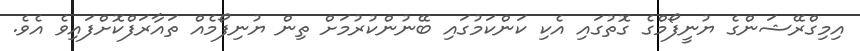
އިމިގްރޭޝަންގެ ޔުނީފޯމްގެ ގޮތުގައި އެކި ކަންކަމުގައި ބޭނުންކުރުމަށް ތިން ޔުނިފޯމެއް ތައާރަފްކޮށްފައިވެ އެވެ.